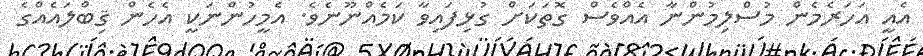
އެއީ އަހަރެމެން މުސްލިމުންނާ އެއްވެސް ގޮތަކަށް ގުޅިފައިވާ ކަމެއްނޫނެވެ. އެމީހުންނަކީ އެހެން ޤިބްލައެއްގެ